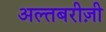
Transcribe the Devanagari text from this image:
अल्तबरीज़ी